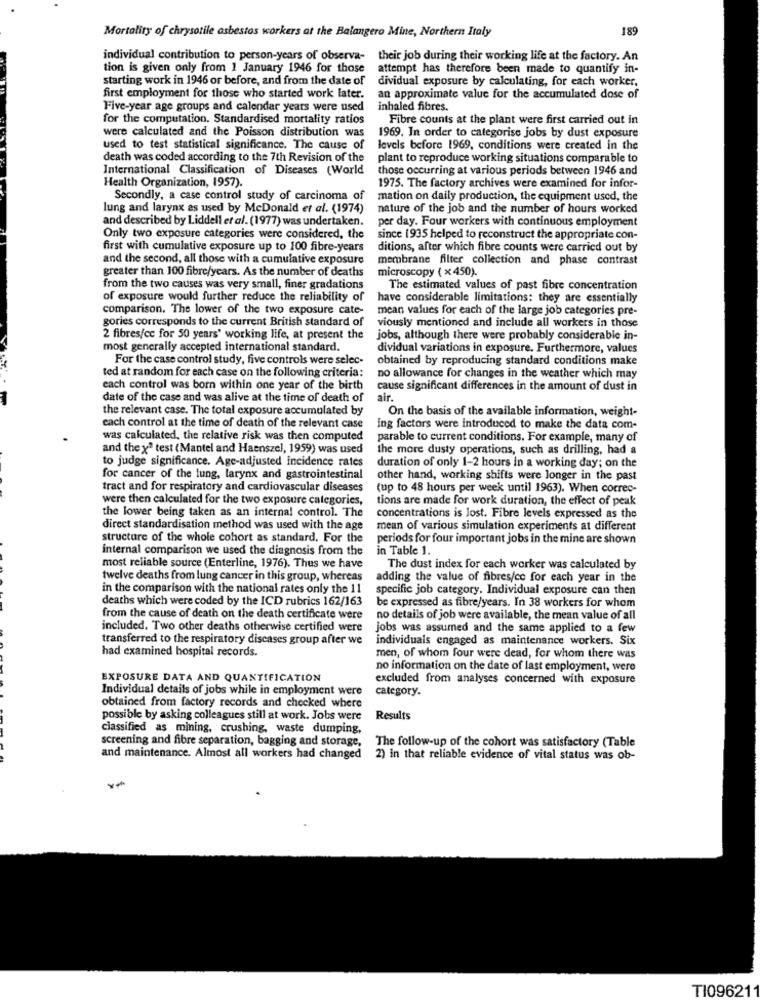
Mortality of chrysotile asbestos workers at the Balangero Mine, Northern Italy
189
individual contribution to person-years of observa- their job during their working life at the factory. An
tion is given only from 1 January 1946 for those
attempt has therefore been made to quantify in-
starting work in 1946 or before, and from the date of
dividual exposure by calculating, for each worker,
first employment for those who started work later.
an approximate value for the accumulated dose of
Five-year age groups and calendar years were used
inhaled fibres.
for the computation. Standardised mortality ratios
Fibre counts at the plant were first carried out in
were calculated and the Poisson distribution was
1969. In order to categorise jobs by dust exposure
used to test statistical significance. The cause of
levels before 1969, conditions were created in the
death was coded according to the 7th Revision of the
plant to reproduce working situations comparable to
International Classification of Diseases (World
those occurring at various periods between 1946 and
Health Organization, 1957).
1975. The factory archives were examined for infor-
Secondly, a case control study of carcinoma of
mation on daily production, the equipment used, the
lung and larynx as used by McDonald et al. (1974)
nature of the job and the number of hours worked
and described by Liddell et al. (1977) was undertaken.
per day. Four workers with continuous employment
Only two exposure categories were considered, the
since 1935 helped to reconstruct the appropriate con-
first with cumulative exposure up to 100 fibre-years
ditions, after which fibre counts were carried out by
and the second, all those with a cumulative exposure
membrane filter collection and phase contrast
greater than 100 fibre/years. As the number of deaths
microscopy ( x450).
from the two causes was very small, finer gradations
The estimated values of past fibre concentration
of exposure would further reduce the reliability of
have considerable limitations: they are essentially
comparison. The lower of the two exposure cate-
mean values for each of the large job categories pre-
gories corresponds to the current British standard of
viously mentioned and include all workers in those
2 fibres/cc for 50 years' working life, at present the
jobs, although there were probably considerable in-
most generally accepted international standard.
dividual variations in exposure. Furthermore, values
For the case control study, five controls were selec-
obtained by reproducing standard conditions make
ted at random for each case on the following criteria:
no allowance for changes in the weather which may
each control was born within one year of the birth
cause significant differences in the amount of dust in
date of the case and was alive at the time of death of
air.
the relevant case. The total exposure accumulated by
On the basis of the available information, weight-
each control at the time of death of the relevant case
ing factors were introduced to make the data com-
was calculated, the relative risk was then computed
parable to current conditions. For example, many of
and they" test (Mantel and Haenszel, 1959) was used
the more dusty operations, such as drilling, had a
to judge significance. Age-adjusted incidence rates
duration of only 1-2 hours in a working day; on the
for cancer of the lung, larynx and gastrointestinal
other hand, working shifts were longer in the past
tract and for respiratory and cardiovascular diseases
(up to 48 hours per week until 1963). When correc-
were then calculated for the two exposure categories,
tions are made for work duration, the effect of peak
the lower being taken as an internal control. The
concentrations is lost. Fibre levels expressed as the
direct standardisation method was used with the age
mean of various simulation experiments at different
structure of the whole cohort as standard, For the
periods for four important jobs in the mine are shown
internal comparison we used the diagnosis from the
in Table 1.
most reliable source (Enterline, 1976). Thus we have
The dust index for each worker was calculated by
twelve deaths from lung cancer in this group, whereas
adding the value of fibres/ce for each year in the
in the comparison with the national rates only the 11
specific job category. Individual exposure can then
deaths which were coded by the ICD rubrics 162/163
be expressed as fibre/years. In 38 workers for whom
from the cause of death on the death certificate were
no details of job were available, the mean value of all
included. Two other deaths otherwise certified were
jobs was assumed and the same applied to a few
transferred to the respiratory diseases group after we
individuals engaged as maintenance workers. Six
had examined hospital records.
men, of whom four were dead, for whom there was
no information on the date of last employment, were
EXPOSURE DATA AND QUANTIFICATION
excluded from analyses concerned with exposure
Individual details of jobs while in employment were
category.
obtained from factory records and checked where
possible by asking colleagues still at work. Jobs were
Results
classified as mining, crushing, waste dumping,
screening and fibre separation, bagging and storage,
The follow-up of the cohort was satisfactory (Table
and maintenance. Almost all workers had changed
2) in that reliable evidence of vital status was ob-
TI096211